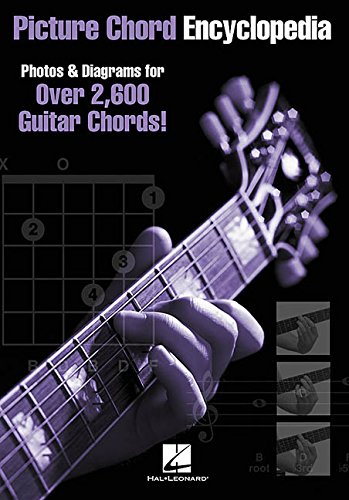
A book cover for Picture Chord Encyclopedia: Photos & Diagrams for Over 2,600 Guitar Chords; Arts & Photography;